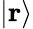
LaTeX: \vert\mathbf{r}\rangle